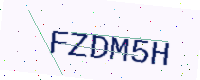
Text: FZDM5H